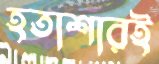
হতাশারই